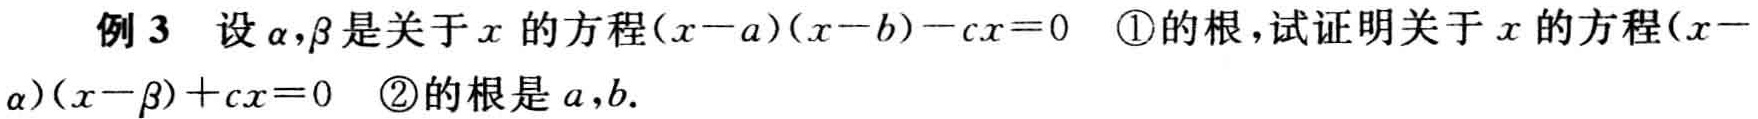
例 3 设\(\alpha,\beta\)是关于\(x\)的方程\((x - a)(x - b)-cx = 0\) \textcircled{1}的根，试证明关于\(x\)的方程\((x - \alpha)(x - \beta)+cx = 0\) \textcircled{2}的根是\(a,b\).